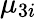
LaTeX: \mu_{3i}